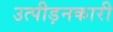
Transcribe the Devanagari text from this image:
उत्पीड़नकारी